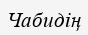
Чабидің